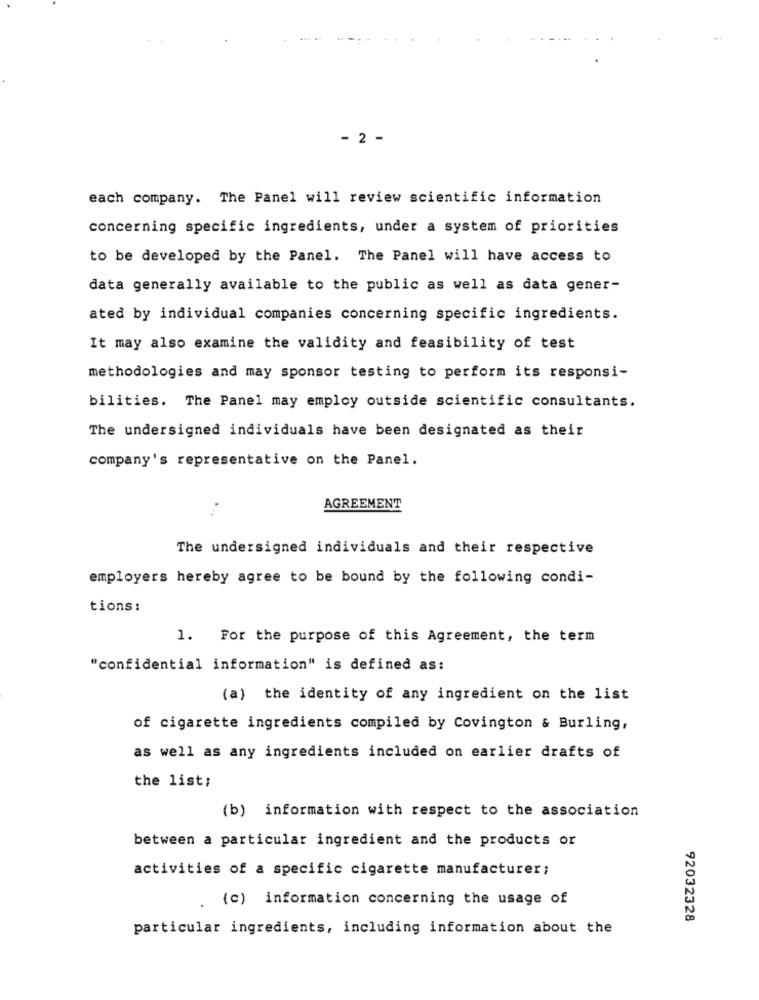
- 2 -
each company. The Panel will review scientific information
concerning specific ingredients, under a system of priorities
to be developed by the Panel. The Panel will have access to
data generally available to the public as well as data gener-
ated by individual companies concerning specific ingredients.
It may also examine the validity and feasibility of test
methodologies and may sponsor testing to perform its responsi-
bilities. The Panel may employ outside scientific consultants.
The undersigned individuals have been designated as their
company's representative on the Panel.
AGREEMENT
The undersigned individuals and their respective
employers hereby agree to be bound by the following condi-
tions:
1. For the purpose of this Agreement, the term
"confidential information" is defined as:
(a) the identity of any ingredient on the list
of cigarette ingredients compiled by Covington & Burling,
as well as any ingredients included on earlier drafts of
the list;
(b) information with respect to the association
between a particular ingredient and the products or
activities of a specific cigarette manufacturer;
(c) information concerning the usage of
92032328
particular ingredients, including information about the